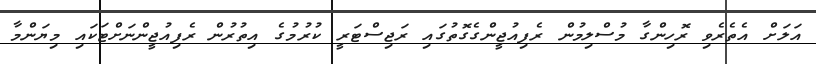
އަލަށް އެތެރެވި ރޮހިންގާ މުސްލިމުން ރެފިއުޖީންގެގޮތުގައި ރަޖިސްޓަރީ ކުރުމުގެ އިތުރުން ރެފިއުޖީންނަށްޓަކައި މިޔަންމާ